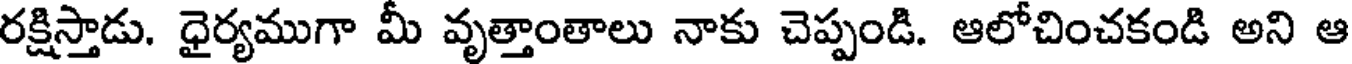
రక్షిస్తాడు. ధైర్యముగా మీ వృత్తాంతాలు నాకు చెప్పండి. ఆలోచించకండి అని ఆ